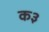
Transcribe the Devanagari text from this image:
क३